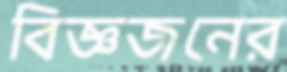
বিজ্ঞজনের